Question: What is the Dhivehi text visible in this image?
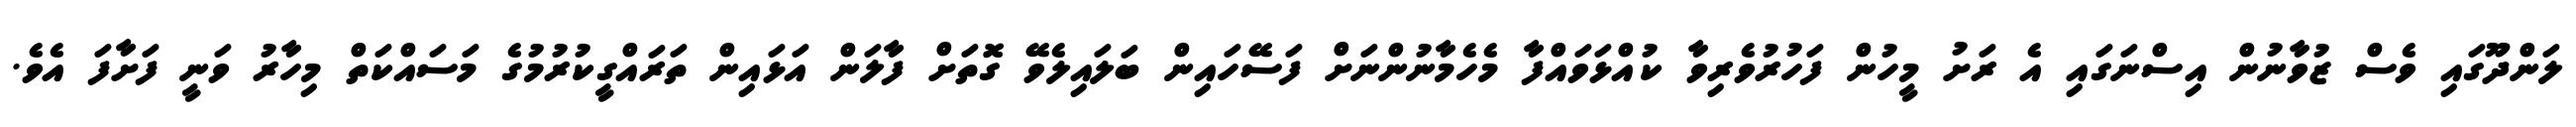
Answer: ލަންދޫގައި ވެސް ޒުވާނުން އިސްނަގައި އެ ރަށު މީހުން ފަހުރުވެރިވާ ކުއްޅަވައްފާ މެހެމާނުންނަށް ފަސޭހައިން ބަލައިލެވޭ ގޮތަށް ފާލަން އަޅައިން ތަރައްގީކުރުމުގެ މަސައްކަތް މިހާރު ވަނީ ފަށާފަ އެވެ.